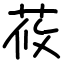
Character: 莜